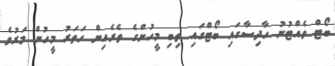
ބޯޓް ވެއްޓުނު ހާދިސާގައި ބޯޓްގައި ތިބި މީހުންގެ ތެރެއިން ހަތަރު މީހުން މަރުވެ